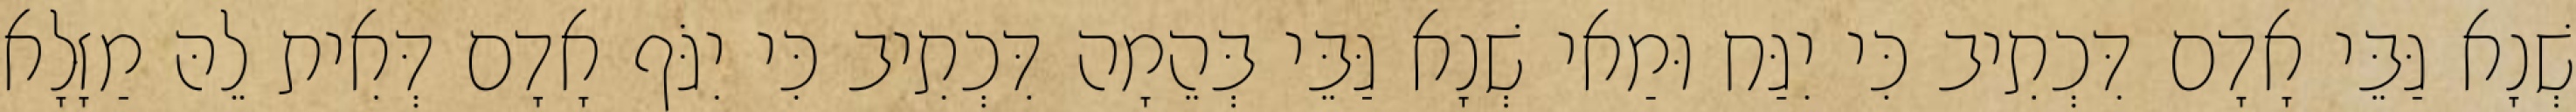
שְׁנָא גַּבֵּי אָדָם דִּכְתִיב כִּי יִגַּח וּמַאי שְׁנָא גַּבֵּי בְּהֵמָה דִּכְתִיב כִּי יִגֹּף אָדָם דְּאִית לֵהּ מַזָּלָא